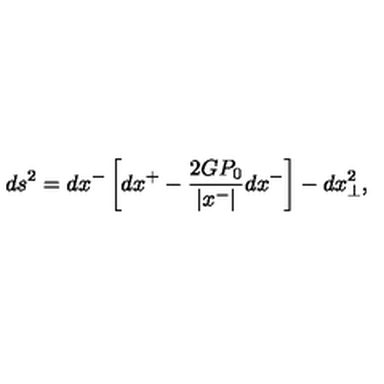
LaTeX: d s ^ { 2 } = d x ^ { - } \left[ d x ^ { + } - \frac { 2 G P _ { 0 } } { | x ^ { - } | } d x ^ { - } \right] - d x _ { \perp } ^ { 2 } ,